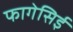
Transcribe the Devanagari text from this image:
फागेसिई